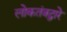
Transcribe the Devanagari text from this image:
लोकतंत्रद्वारे